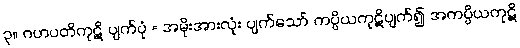
၃။ ဂဟပတိကုဋိ ပျက်ပုံ = အမိုးအားလုံး ပျက်သော် ကပ္ပိယကုဋိပျက်၍ အကပ္ပိယကုဋိ